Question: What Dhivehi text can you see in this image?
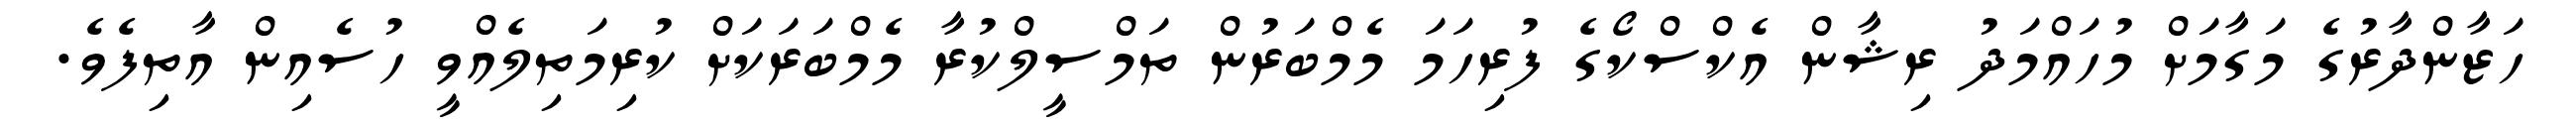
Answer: ހަޒާންދާރުގެ މަގާމަށް މުހައްމަދު ރިޝާން އެކްސްކޯގެ ފުރިހަމަ މެމްބަރުން ތަމްސީލްކުރާ މެމްބަރަކަށް ކުރިމަތިލެއްވީ ހުސެއިން އާތިފެވެ.